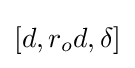
[d,r_{o}d,\delta ]